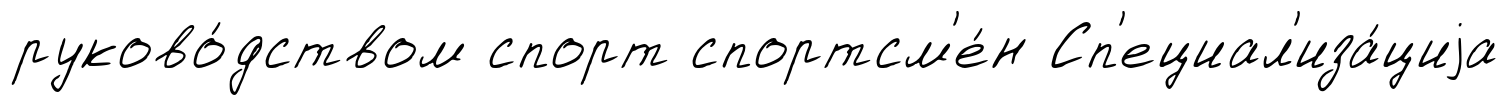
руково́дством спорт спортсм'е́н Сп'ециал'иза́циjа